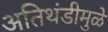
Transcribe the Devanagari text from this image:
अतिथंडीमुळे